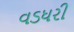
વડધરી